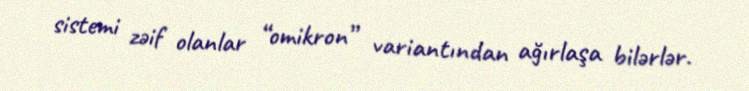
sistemi zəif olanlar “omikron” variantından ağırlaşa bilərlər.